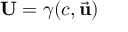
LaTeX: \mathbf { U } = \gamma ( c , { \vec { \mathbf { u } } } )